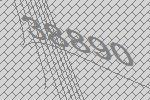
38890